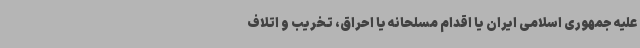
علیه جمهوری اسلامی ایران یا اقدام مسلحانه یا احراق، تخریب و اتلاف